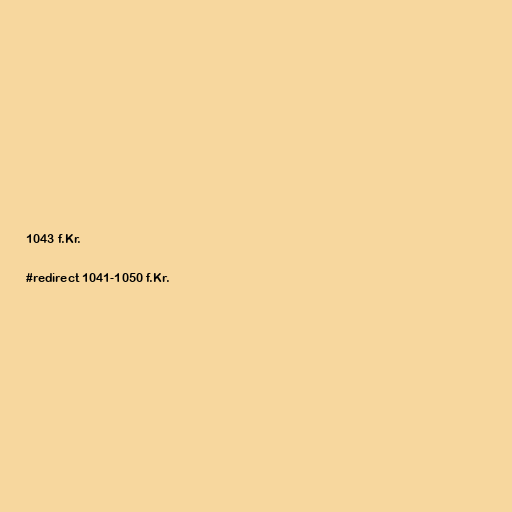
1043 f.Kr.

#redirect 1041-1050 f.Kr.